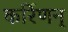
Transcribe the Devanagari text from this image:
कर्रिणन्